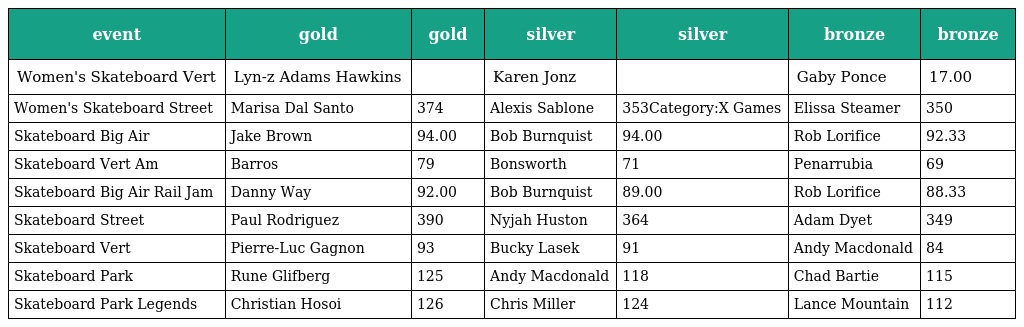
| event | gold | gold | silver | silver | bronze | bronze |
 | --- | --- | --- | --- | --- | --- | --- |
 | Women's Skateboard Vert | Lyn-z Adams Hawkins |  | Karen Jonz |  | Gaby Ponce | 17.00 |
 | Women's Skateboard Street | Marisa Dal Santo | 374 | Alexis Sablone | 353Category:X Games | Elissa Steamer | 350 |
 | Skateboard Big Air | Jake Brown | 94.00 | Bob Burnquist | 94.00 | Rob Lorifice | 92.33 |
 | Skateboard Vert Am | Barros | 79 | Bonsworth | 71 | Penarrubia | 69 |
 | Skateboard Big Air Rail Jam | Danny Way | 92.00 | Bob Burnquist | 89.00 | Rob Lorifice | 88.33 |
 | Skateboard Street | Paul Rodriguez | 390 | Nyjah Huston | 364 | Adam Dyet | 349 |
 | Skateboard Vert | Pierre-Luc Gagnon | 93 | Bucky Lasek | 91 | Andy Macdonald | 84 |
 | Skateboard Park | Rune Glifberg | 125 | Andy Macdonald | 118 | Chad Bartie | 115 |
 | Skateboard Park Legends | Christian Hosoi | 126 | Chris Miller | 124 | Lance Mountain | 112 |